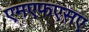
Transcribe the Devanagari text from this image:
एमएफएसए